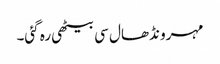
مہرو نڈھال سی بیٹھی رہ گئی۔